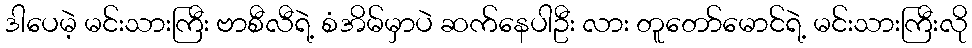
ဒါပေမဲ့ မင်းသားကြီး ဗာစီလီရဲ့ စံအိမ်မှာပဲ ဆက်နေပါဦး လား တူတော်မောင်ရဲ့ မင်းသားကြီးလို